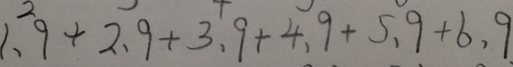
1 . 9 + 2 . 9 + 3 . 9 + 4 . 9 + 5 . 9 + 6 . 9